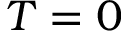
T = 0